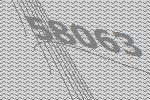
58063